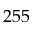
2 5 5